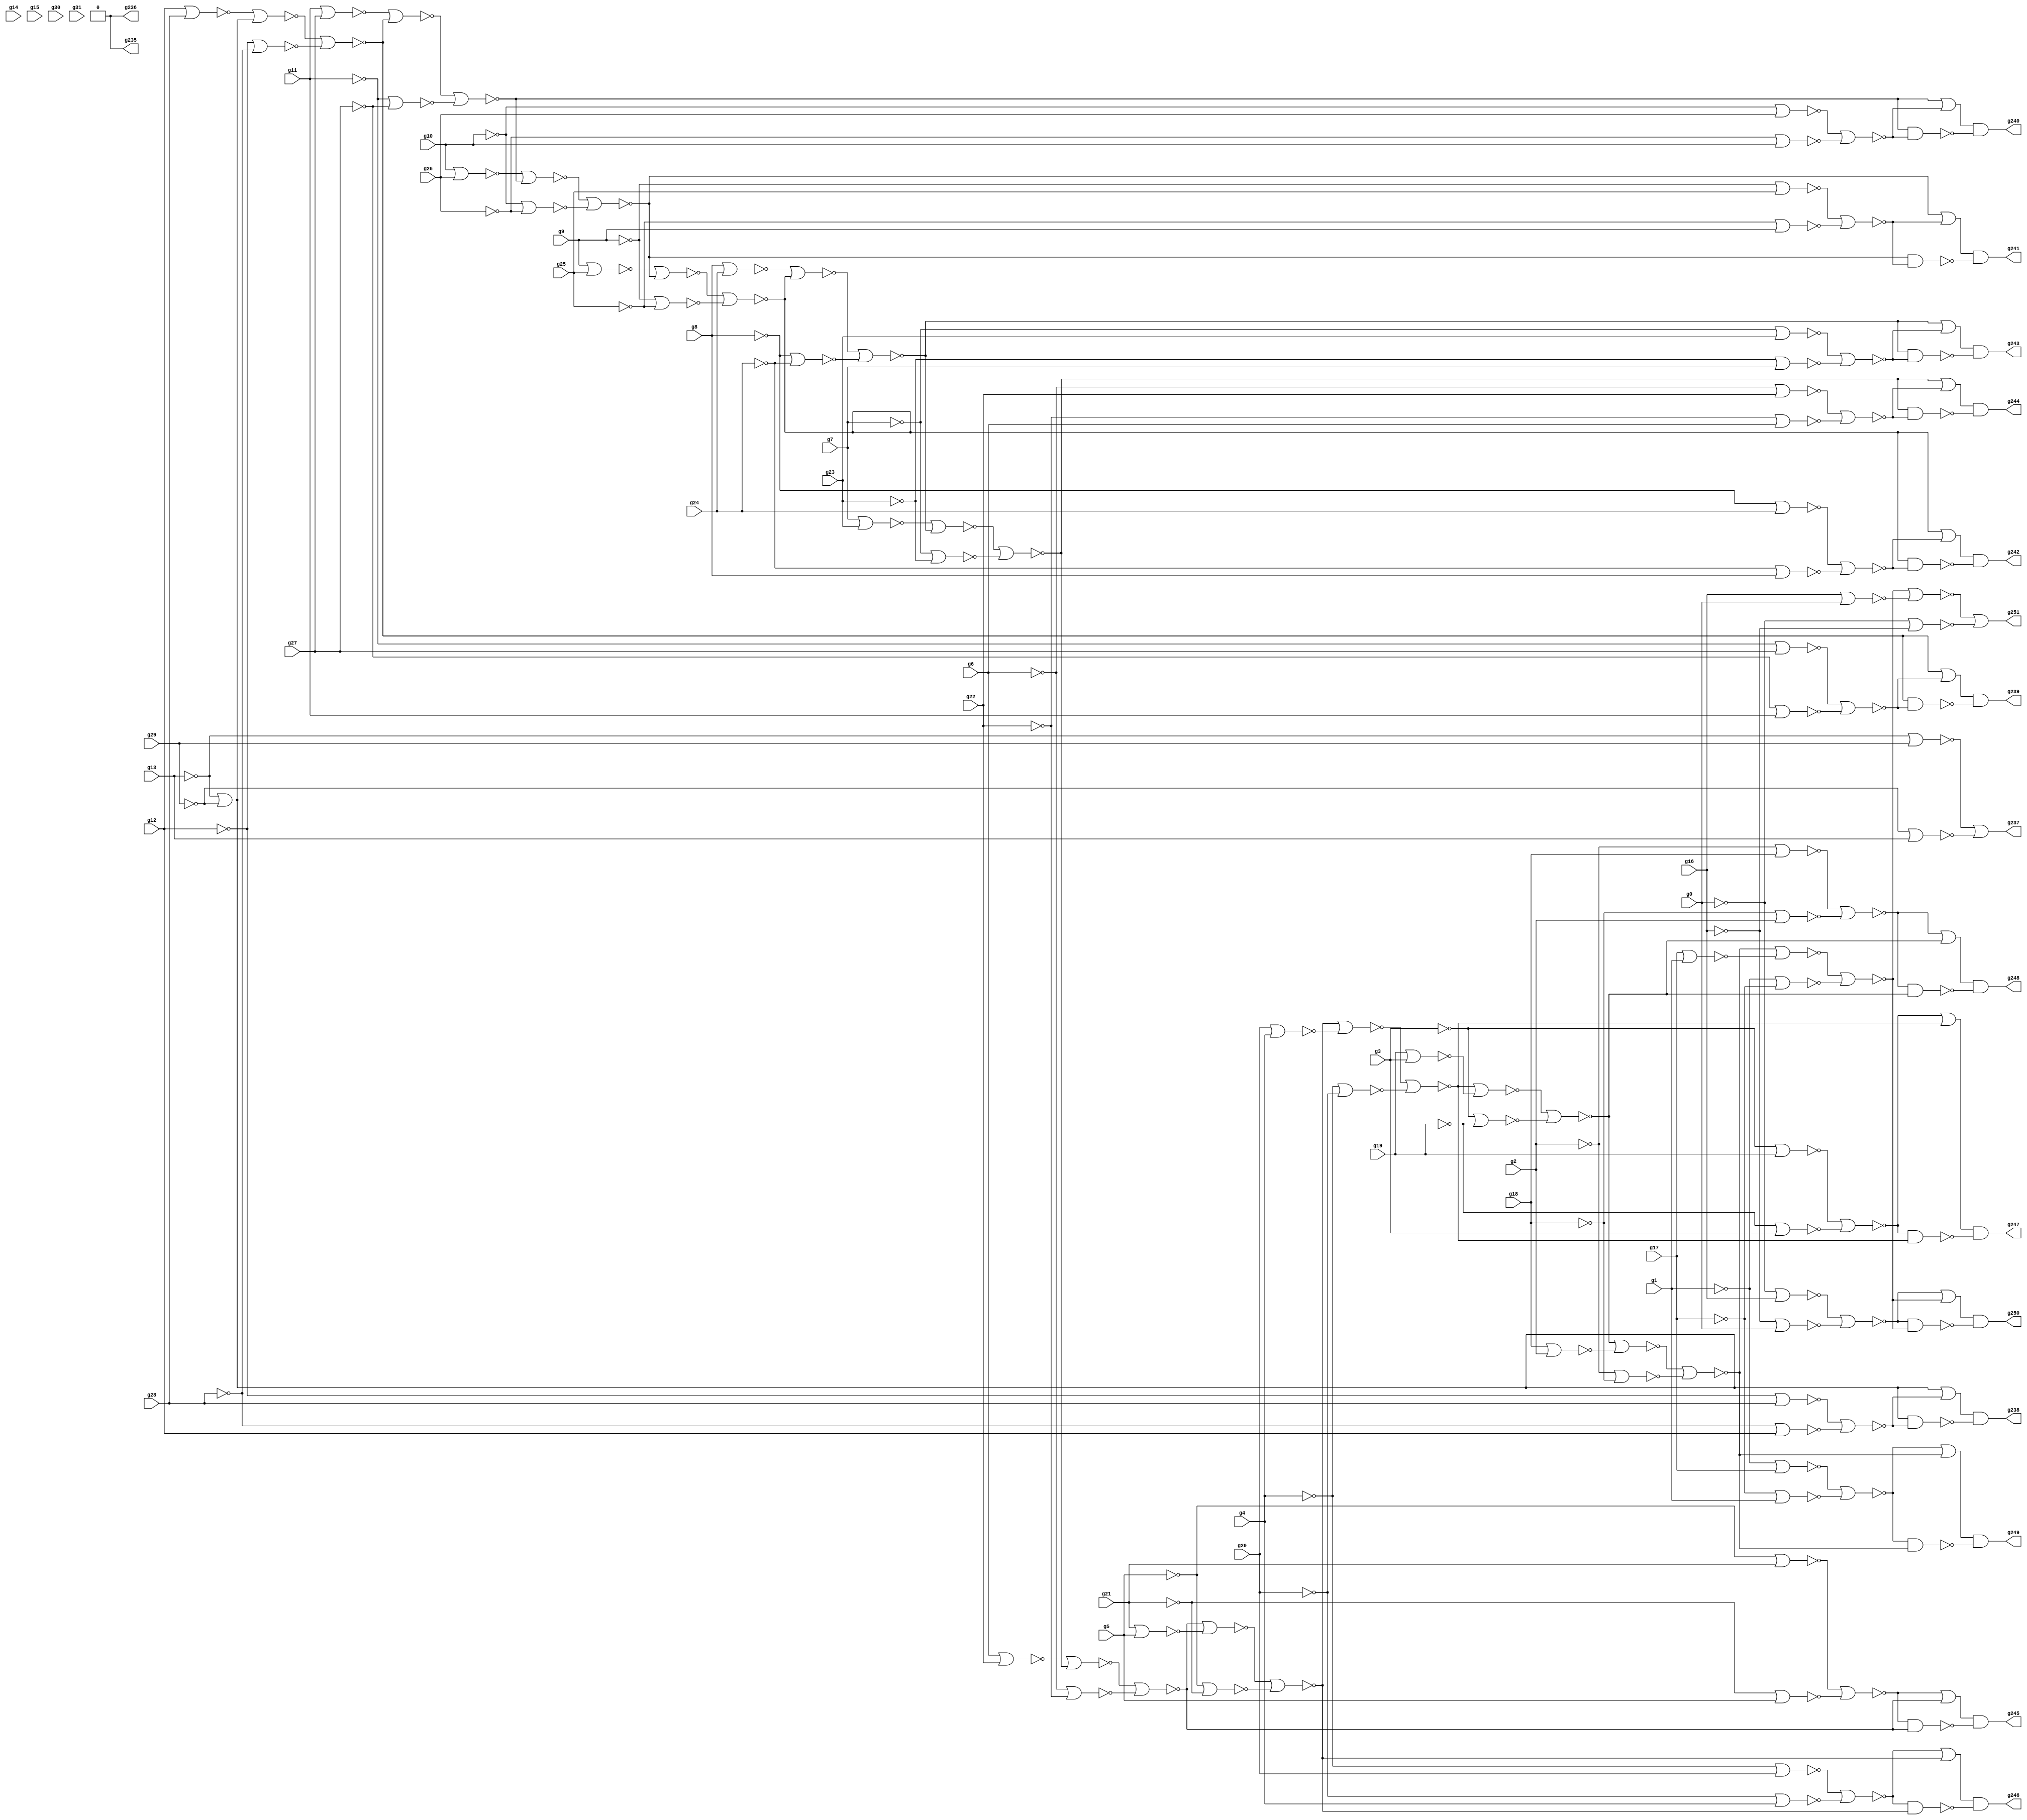
// Benchmark "circuit" written by ABC on Sun Jul  8 15:05:00 2018

module circuit ( 
    g0, g1, g2, g3, g4, g5, g6, g7, g8, g9, g10, g11, g12, g13, g14, g15,
    g16, g17, g18, g19, g20, g21, g22, g23, g24, g25, g26, g27, g28, g29,
    g30, g31,
    g251, g250, g249, g248, g247, g246, g245, g244, g243, g242, g241, g240,
    g239, g238, g237, g236, g235  );
  input  g0, g1, g2, g3, g4, g5, g6, g7, g8, g9, g10, g11, g12, g13, g14,
    g15, g16, g17, g18, g19, g20, g21, g22, g23, g24, g25, g26, g27, g28,
    g29, g30, g31;
  output g251, g250, g249, g248, g247, g246, g245, g244, g243, g242, g241,
    g240, g239, g238, g237, g236, g235;
  wire g36, g37, g38, g39, g40, g41, g42, g43, g44, g45, g46, g47, g48, g49,
    g50, g51, g52, g53, g54, g55, g56, g57, g58, g59, g60, g61, g62, g63,
    g64, g73, g74, g75, g76, g77, g78, g79, g80, g81, g82, g83, g84, g85,
    g86, g87, g88, g89, g90, g91, g92, g93, g94, g95, g96, g97, g98, g99,
    g100, g101, g102, g103, g104, g105, g106, g107, g108, g109, g110, g111,
    g112, g113, g114, g115, g116, g117, g118, g119, g120, g121, g122, g123,
    g124, g125, g126, g127, g128, g129, g130, g131, g132, g133, g134, g135,
    g136, g137, g138, g139, g140, g141, g142, g143, g144, g145, g146, g147,
    g148, g149, g150, g151, g152, g153, g154, g155, g156, g157, g158, g159,
    g160, g161, g162, g170, g171, g172, g173, g174, g175, g176, g177, g178,
    g179, g180, g181, g182, g183, g184, g185, g186, g187, g188, g189, g190,
    g191, g192, g193, g194, g195, g196, g197, g198, g199, g200, g201, g202,
    g203, g204, g205, g206, g207, g208, g209, g210, g211, g212, g213, g214,
    g215, g216, g217, g220, g221, g222, g223, g224, g225, g226, g227, g228,
    g229, g230, g231, g232, g233, g234, \0 ;
  assign g36 = ~g21;
  assign g37 = ~g5 | ~g36;
  assign g38 = ~g5;
  assign g39 = ~g21 | ~g38;
  assign g40 = ~g37 | ~g39;
  assign g41 = ~g6;
  assign g42 = ~g22;
  assign g43 = ~g41 | ~g42;
  assign g44 = ~g7;
  assign g45 = ~g23;
  assign g46 = ~g44 | ~g45;
  assign g47 = ~g8;
  assign g48 = ~g24;
  assign g49 = ~g47 | ~g48;
  assign g50 = ~g9;
  assign g51 = ~g25;
  assign g52 = ~g50 | ~g51;
  assign g53 = ~g10;
  assign g54 = ~g26;
  assign g55 = ~g53 | ~g54;
  assign g56 = ~g11;
  assign g57 = ~g27;
  assign g58 = ~g56 | ~g57;
  assign g59 = ~g12;
  assign g60 = ~g28;
  assign g61 = ~g59 | ~g60;
  assign g62 = ~g13;
  assign g63 = ~g29;
  assign g64 = ~g62 | ~g63;
  assign g73 = ~g64 | ~\0 ;
  assign g74 = ~g13 | ~g29;
  assign g75 = ~g73 | ~g74;
  assign g76 = ~g61 | ~g75;
  assign g77 = ~g12 | ~g28;
  assign g78 = ~g76 | ~g77;
  assign g79 = ~g58 | ~g78;
  assign g80 = ~g11 | ~g27;
  assign g81 = ~g79 | ~g80;
  assign g82 = ~g55 | ~g81;
  assign g83 = ~g10 | ~g26;
  assign g84 = ~g82 | ~g83;
  assign g85 = ~g52 | ~g84;
  assign g86 = ~g9 | ~g25;
  assign g87 = ~g85 | ~g86;
  assign g88 = ~g49 | ~g87;
  assign g89 = ~g8 | ~g24;
  assign g90 = ~g88 | ~g89;
  assign g91 = ~g46 | ~g90;
  assign g92 = ~g7 | ~g23;
  assign g93 = ~g91 | ~g92;
  assign g94 = ~g43 | ~g93;
  assign g95 = ~g6 | ~g22;
  assign g96 = ~g94 | ~g95;
  assign g97 = ~g40 | ~g96;
  assign g98 = ~g97;
  assign g99 = ~g40 & ~g96;
  assign g100 = ~g20;
  assign g101 = ~g4 | ~g100;
  assign g102 = ~g4;
  assign g103 = ~g20 | ~g102;
  assign g104 = ~g101 | ~g103;
  assign g105 = ~g36 | ~g38;
  assign g106 = ~g96 | ~g105;
  assign g107 = ~g5 | ~g21;
  assign g108 = ~g106 | ~g107;
  assign g109 = ~g104 | ~g108;
  assign g110 = ~g109;
  assign g111 = ~g104 & ~g108;
  assign g112 = ~g19;
  assign g113 = ~g3 | ~g112;
  assign g114 = ~g3;
  assign g115 = ~g19 | ~g114;
  assign g116 = ~g113 | ~g115;
  assign g117 = ~g100 | ~g102;
  assign g118 = ~g108 | ~g117;
  assign g119 = ~g4 | ~g20;
  assign g120 = ~g118 | ~g119;
  assign g121 = ~g116 | ~g120;
  assign g122 = ~g121;
  assign g123 = ~g116 & ~g120;
  assign g124 = ~g18;
  assign g125 = ~g2 | ~g124;
  assign g126 = ~g2;
  assign g127 = ~g18 | ~g126;
  assign g128 = ~g125 | ~g127;
  assign g129 = ~g112 | ~g114;
  assign g130 = ~g120 | ~g129;
  assign g131 = ~g3 | ~g19;
  assign g132 = ~g130 | ~g131;
  assign g133 = ~g128 | ~g132;
  assign g134 = ~g133;
  assign g135 = ~g128 & ~g132;
  assign g136 = ~g17;
  assign g137 = ~g1 | ~g136;
  assign g138 = ~g1;
  assign g139 = ~g17 | ~g138;
  assign g140 = ~g137 | ~g139;
  assign g141 = ~g124 | ~g126;
  assign g142 = ~g132 | ~g141;
  assign g143 = ~g2 | ~g18;
  assign g144 = ~g142 | ~g143;
  assign g145 = ~g140 | ~g144;
  assign g146 = ~g145;
  assign g147 = ~g140 & ~g144;
  assign g148 = ~g16;
  assign g149 = ~g0 | ~g148;
  assign g150 = ~g0;
  assign g151 = ~g16 | ~g150;
  assign g152 = ~g149 | ~g151;
  assign g153 = ~g136 | ~g138;
  assign g154 = ~g144 | ~g153;
  assign g155 = ~g1 | ~g17;
  assign g156 = ~g154 | ~g155;
  assign g157 = ~g152 | ~g156;
  assign g158 = ~g157;
  assign g159 = ~g152 & ~g156;
  assign g160 = ~g148 | ~g150;
  assign g161 = ~g156 | ~g160;
  assign g162 = ~g0 | ~g16;
  assign g170 = ~g13 | ~g63;
  assign g171 = ~g29 | ~g62;
  assign g172 = ~g170 | ~g171;
  assign g173 = ~\0  | ~g172;
  assign g174 = ~g173;
  assign g175 = ~\0  & ~g172;
  assign g176 = ~g12 | ~g60;
  assign g177 = ~g28 | ~g59;
  assign g178 = ~g176 | ~g177;
  assign g179 = ~g75 | ~g178;
  assign g180 = ~g179;
  assign g181 = ~g75 & ~g178;
  assign g182 = ~g11 | ~g57;
  assign g183 = ~g27 | ~g56;
  assign g184 = ~g182 | ~g183;
  assign g185 = ~g78 | ~g184;
  assign g186 = ~g185;
  assign g187 = ~g78 & ~g184;
  assign g188 = ~g10 | ~g54;
  assign g189 = ~g26 | ~g53;
  assign g190 = ~g188 | ~g189;
  assign g191 = ~g81 | ~g190;
  assign g192 = ~g191;
  assign g193 = ~g81 & ~g190;
  assign g194 = ~g9 | ~g51;
  assign g195 = ~g25 | ~g50;
  assign g196 = ~g194 | ~g195;
  assign g197 = ~g84 | ~g196;
  assign g198 = ~g197;
  assign g199 = ~g84 & ~g196;
  assign g200 = ~g8 | ~g48;
  assign g201 = ~g24 | ~g47;
  assign g202 = ~g200 | ~g201;
  assign g203 = ~g87 | ~g202;
  assign g204 = ~g203;
  assign g205 = ~g87 & ~g202;
  assign g206 = ~g7 | ~g45;
  assign g207 = ~g23 | ~g44;
  assign g208 = ~g206 | ~g207;
  assign g209 = ~g90 | ~g208;
  assign g210 = ~g209;
  assign g211 = ~g90 & ~g208;
  assign g212 = ~g6 | ~g42;
  assign g213 = ~g22 | ~g41;
  assign g214 = ~g212 | ~g213;
  assign g215 = ~g93 | ~g214;
  assign g216 = ~g215;
  assign g217 = ~g93 & ~g214;
  assign g220 = ~g174 & ~g175;
  assign g221 = ~g180 & ~g181;
  assign g222 = ~g186 & ~g187;
  assign g223 = ~g192 & ~g193;
  assign g224 = ~g198 & ~g199;
  assign g225 = ~g204 & ~g205;
  assign g226 = ~g210 & ~g211;
  assign g227 = ~g216 & ~g217;
  assign g228 = ~g98 & ~g99;
  assign g229 = ~g110 & ~g111;
  assign g230 = ~g122 & ~g123;
  assign g231 = ~g134 & ~g135;
  assign g232 = ~g146 & ~g147;
  assign g233 = ~g158 & ~g159;
  assign g234 = ~g161 | ~g162;
  assign g235 = \0 ;
  assign g236 = \0 ;
  assign g237 = g220;
  assign g238 = g221;
  assign g239 = g222;
  assign g240 = g223;
  assign g241 = g224;
  assign g242 = g225;
  assign g243 = g226;
  assign g244 = g227;
  assign g245 = g228;
  assign g246 = g229;
  assign g247 = g230;
  assign g248 = g231;
  assign g249 = g232;
  assign g250 = g233;
  assign g251 = g234;
  assign \0  = 1'b0;
endmodule